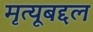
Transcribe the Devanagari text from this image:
मृत्यूबद्दल